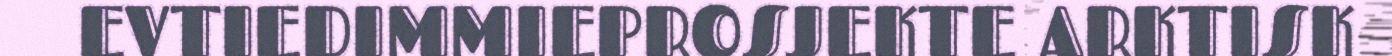
EVTIEDIMMIEPROSJEKTE ARKTISK